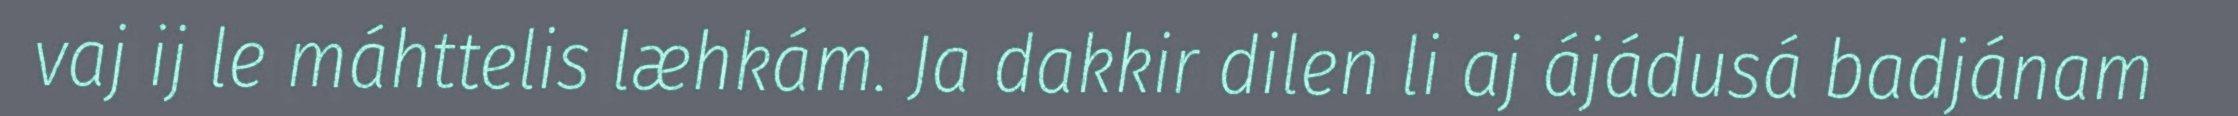
vaj ij le máhttelis læhkám. Ja dakkir dilen li aj ájádusá badjánam